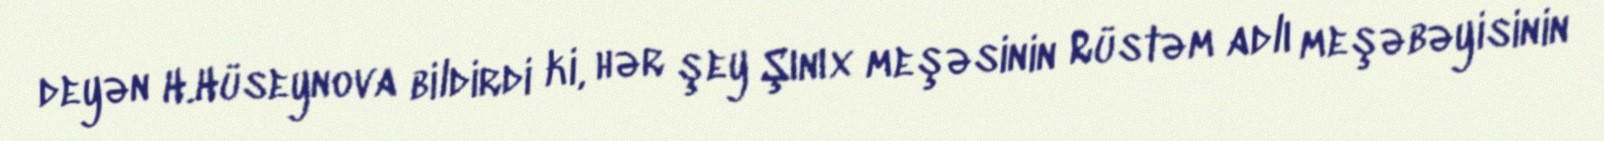
deyən H.Hüseynova bildirdi ki, hər şey Şınıx meşəsinin Rüstəm adlı meşəbəyisinin